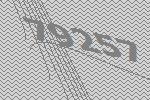
79257